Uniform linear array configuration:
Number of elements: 24
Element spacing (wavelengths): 0.25
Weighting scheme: binomial
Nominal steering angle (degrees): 15
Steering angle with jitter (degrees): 13.317
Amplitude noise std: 0.05
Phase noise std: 0.05

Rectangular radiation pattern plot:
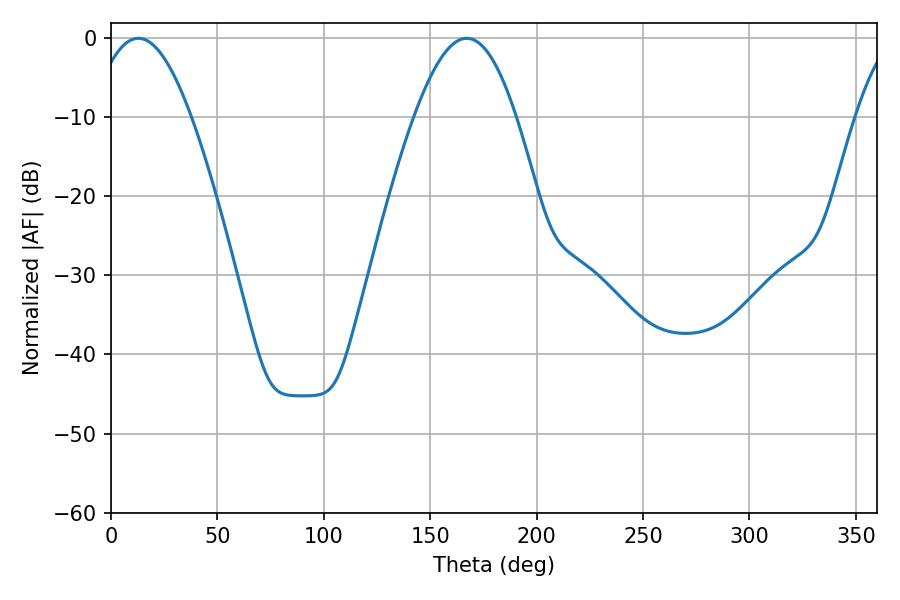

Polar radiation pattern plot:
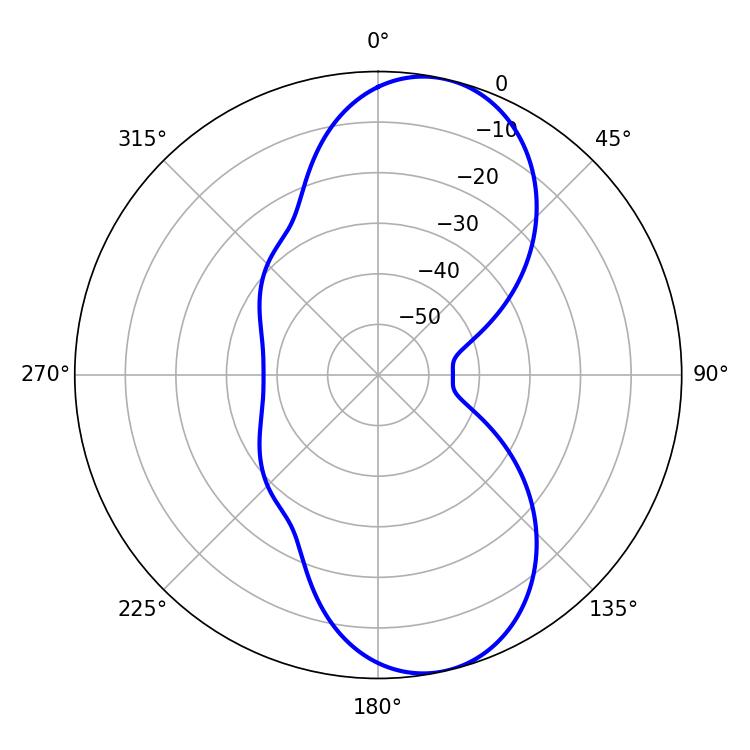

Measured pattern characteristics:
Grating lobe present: FALSE
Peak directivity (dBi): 9.576
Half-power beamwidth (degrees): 25.92
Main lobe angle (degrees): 12.78